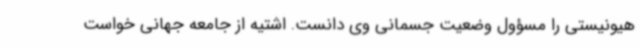
هیونیستی را مسؤول وضعیت جسمانی وی دانست. اشتیه از جامعه جهانی خواست